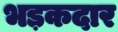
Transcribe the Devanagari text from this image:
भड़कदार